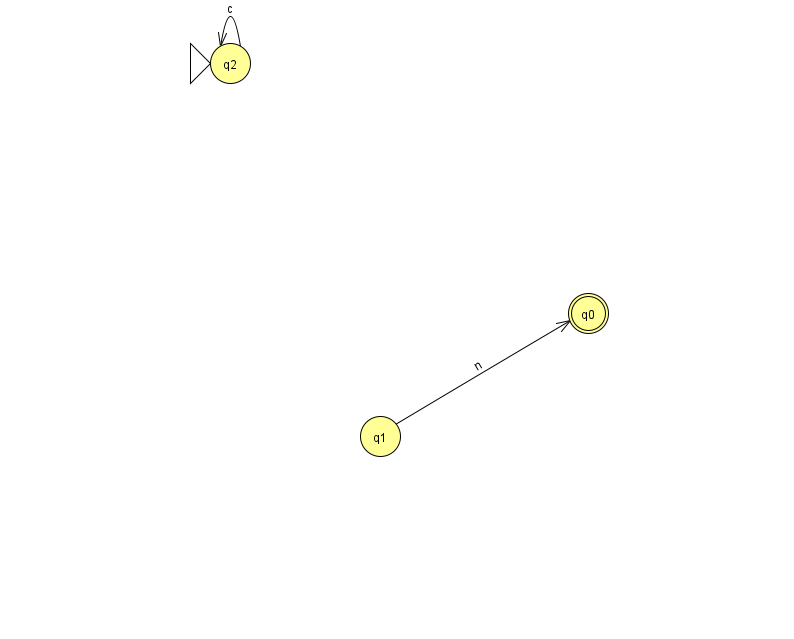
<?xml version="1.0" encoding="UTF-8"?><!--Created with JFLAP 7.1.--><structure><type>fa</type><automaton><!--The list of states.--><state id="0" name="q0"><x>588.0</x><y>300.0</y><final/></state><state id="1" name="q1"><x>380.0</x><y>423.0</y></state><state id="2" name="q2"><x>230.0</x><y>50.0</y><initial/></state><!--The list of transitions.--><transition><from>2</from><to>2</to><read>c</read></transition><transition><from>1</from><to>0</to><read>n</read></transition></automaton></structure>